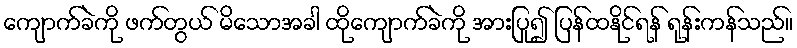
ကျောက်ခဲကို ဖက်တွယ် မိသောအခါ ထိုကျောက်ခဲကို အားပြု၍ ပြန်ထနိုင်ရန် ရုန်းကန်သည်။